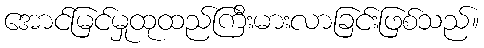
အောင်မြင်မှုထုထည်ကြီးမားလာခြင်းဖြစ်သည်။